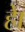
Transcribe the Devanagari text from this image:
हाे